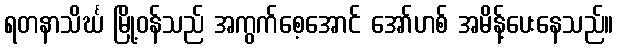
ရတနာသိင်္ဃ မြို့ဝန်သည် အကွက်စေ့အောင် အော်ဟစ် အမိန့်ပေးနေသည်။